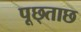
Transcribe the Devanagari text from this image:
पूछ्ताछ